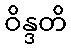
ဝိန္ဒတိ